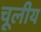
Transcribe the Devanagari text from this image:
चूलीय